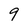
Character: g